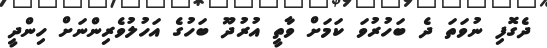
ދެގޮފި ނުވަތަ ދެ ބަހުރުވަ ކަމަށް ވާތީ އުރުދޫ ބަހުގެ އަހުލުވެރިންނަށް ހިންދީ